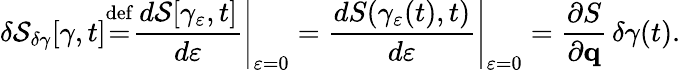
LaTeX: \delta{\cal{S}}_{\delta\gamma}[\gamma,t]{\overset{\mathrm{def}}{=}}\left.{\frac{d{\cal{S}}[\gamma_{\varepsilon},t]}{d\varepsilon}}\right|_{\varepsilon=0}=\left.{\frac{dS(\gamma_{\varepsilon}(t),t)}{d\varepsilon}}\right|_{\varepsilon=0}={\frac{\partial S}{\mathbf{\partial q}}}\, \delta\gamma(t).